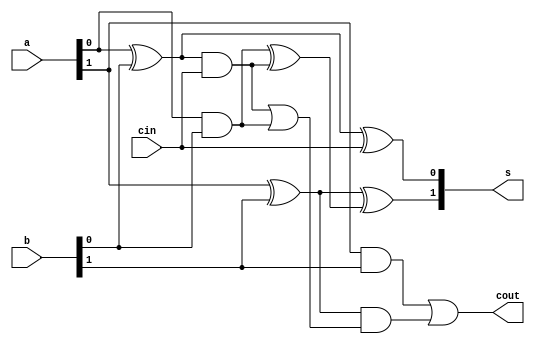
`timescale 1ns / 1ps

module Lookahead_2Bit(a, b, cin, s, cout);
    
    input [1:0] a, b;
    input cin;
    output [1:0] s;
    output cout;
    
    wire z, y, x, w, v, u, t, r;
    
    xor xor1 (z, a[0], b[0]);
    xor xor2 (s[0], z, cin);
    and and1 (y, z, cin);
    and and2 (x, a[0], b[0]);
    xor xor3 (w, a[1], b[1]);
    xor xor4 (v, x, y);
    xor xor5 (s[1], w, v);
    
    and and3 (u, a[1], b[1]);
    or or1 (t, y, x);
    and and4 (r, w, t);
    or or2 (cout, u, r);
    
endmodule